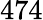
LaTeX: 474